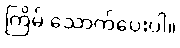
ကြိမ် သောက်ပေးပါ။